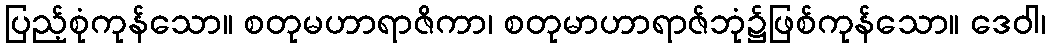
ပြည့်စုံကုန်သော။ စတုမဟာရာဇိကာ၊ စတုမာဟာရာဇ်ဘုံ၌ဖြစ်ကုန်သော။ ဒေဝါ၊